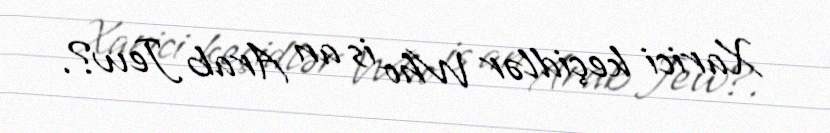
Xarici keçidlər Who is an Arab Jew?.